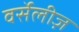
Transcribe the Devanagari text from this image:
वर्सेलीज़